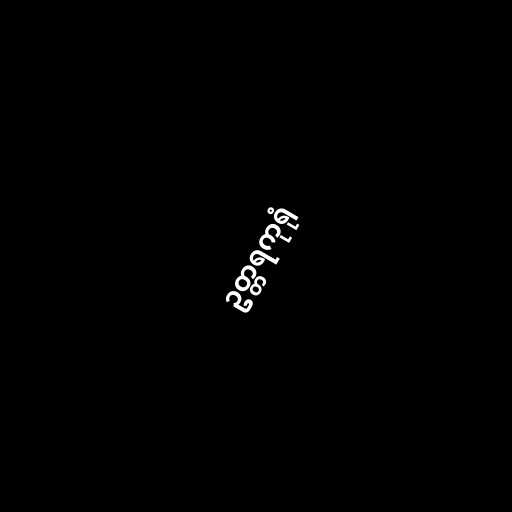
ဥတ္တရကုရုံ